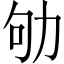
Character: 劬